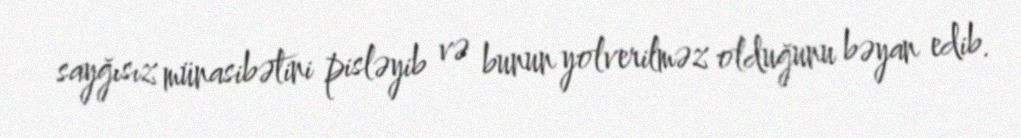
sayğısız münasibətini pisləyib və bunun yolverilməz olduğunu bəyan edib.